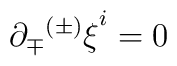
\partial_\mp{^{(\pm)}\xi}^i = 0